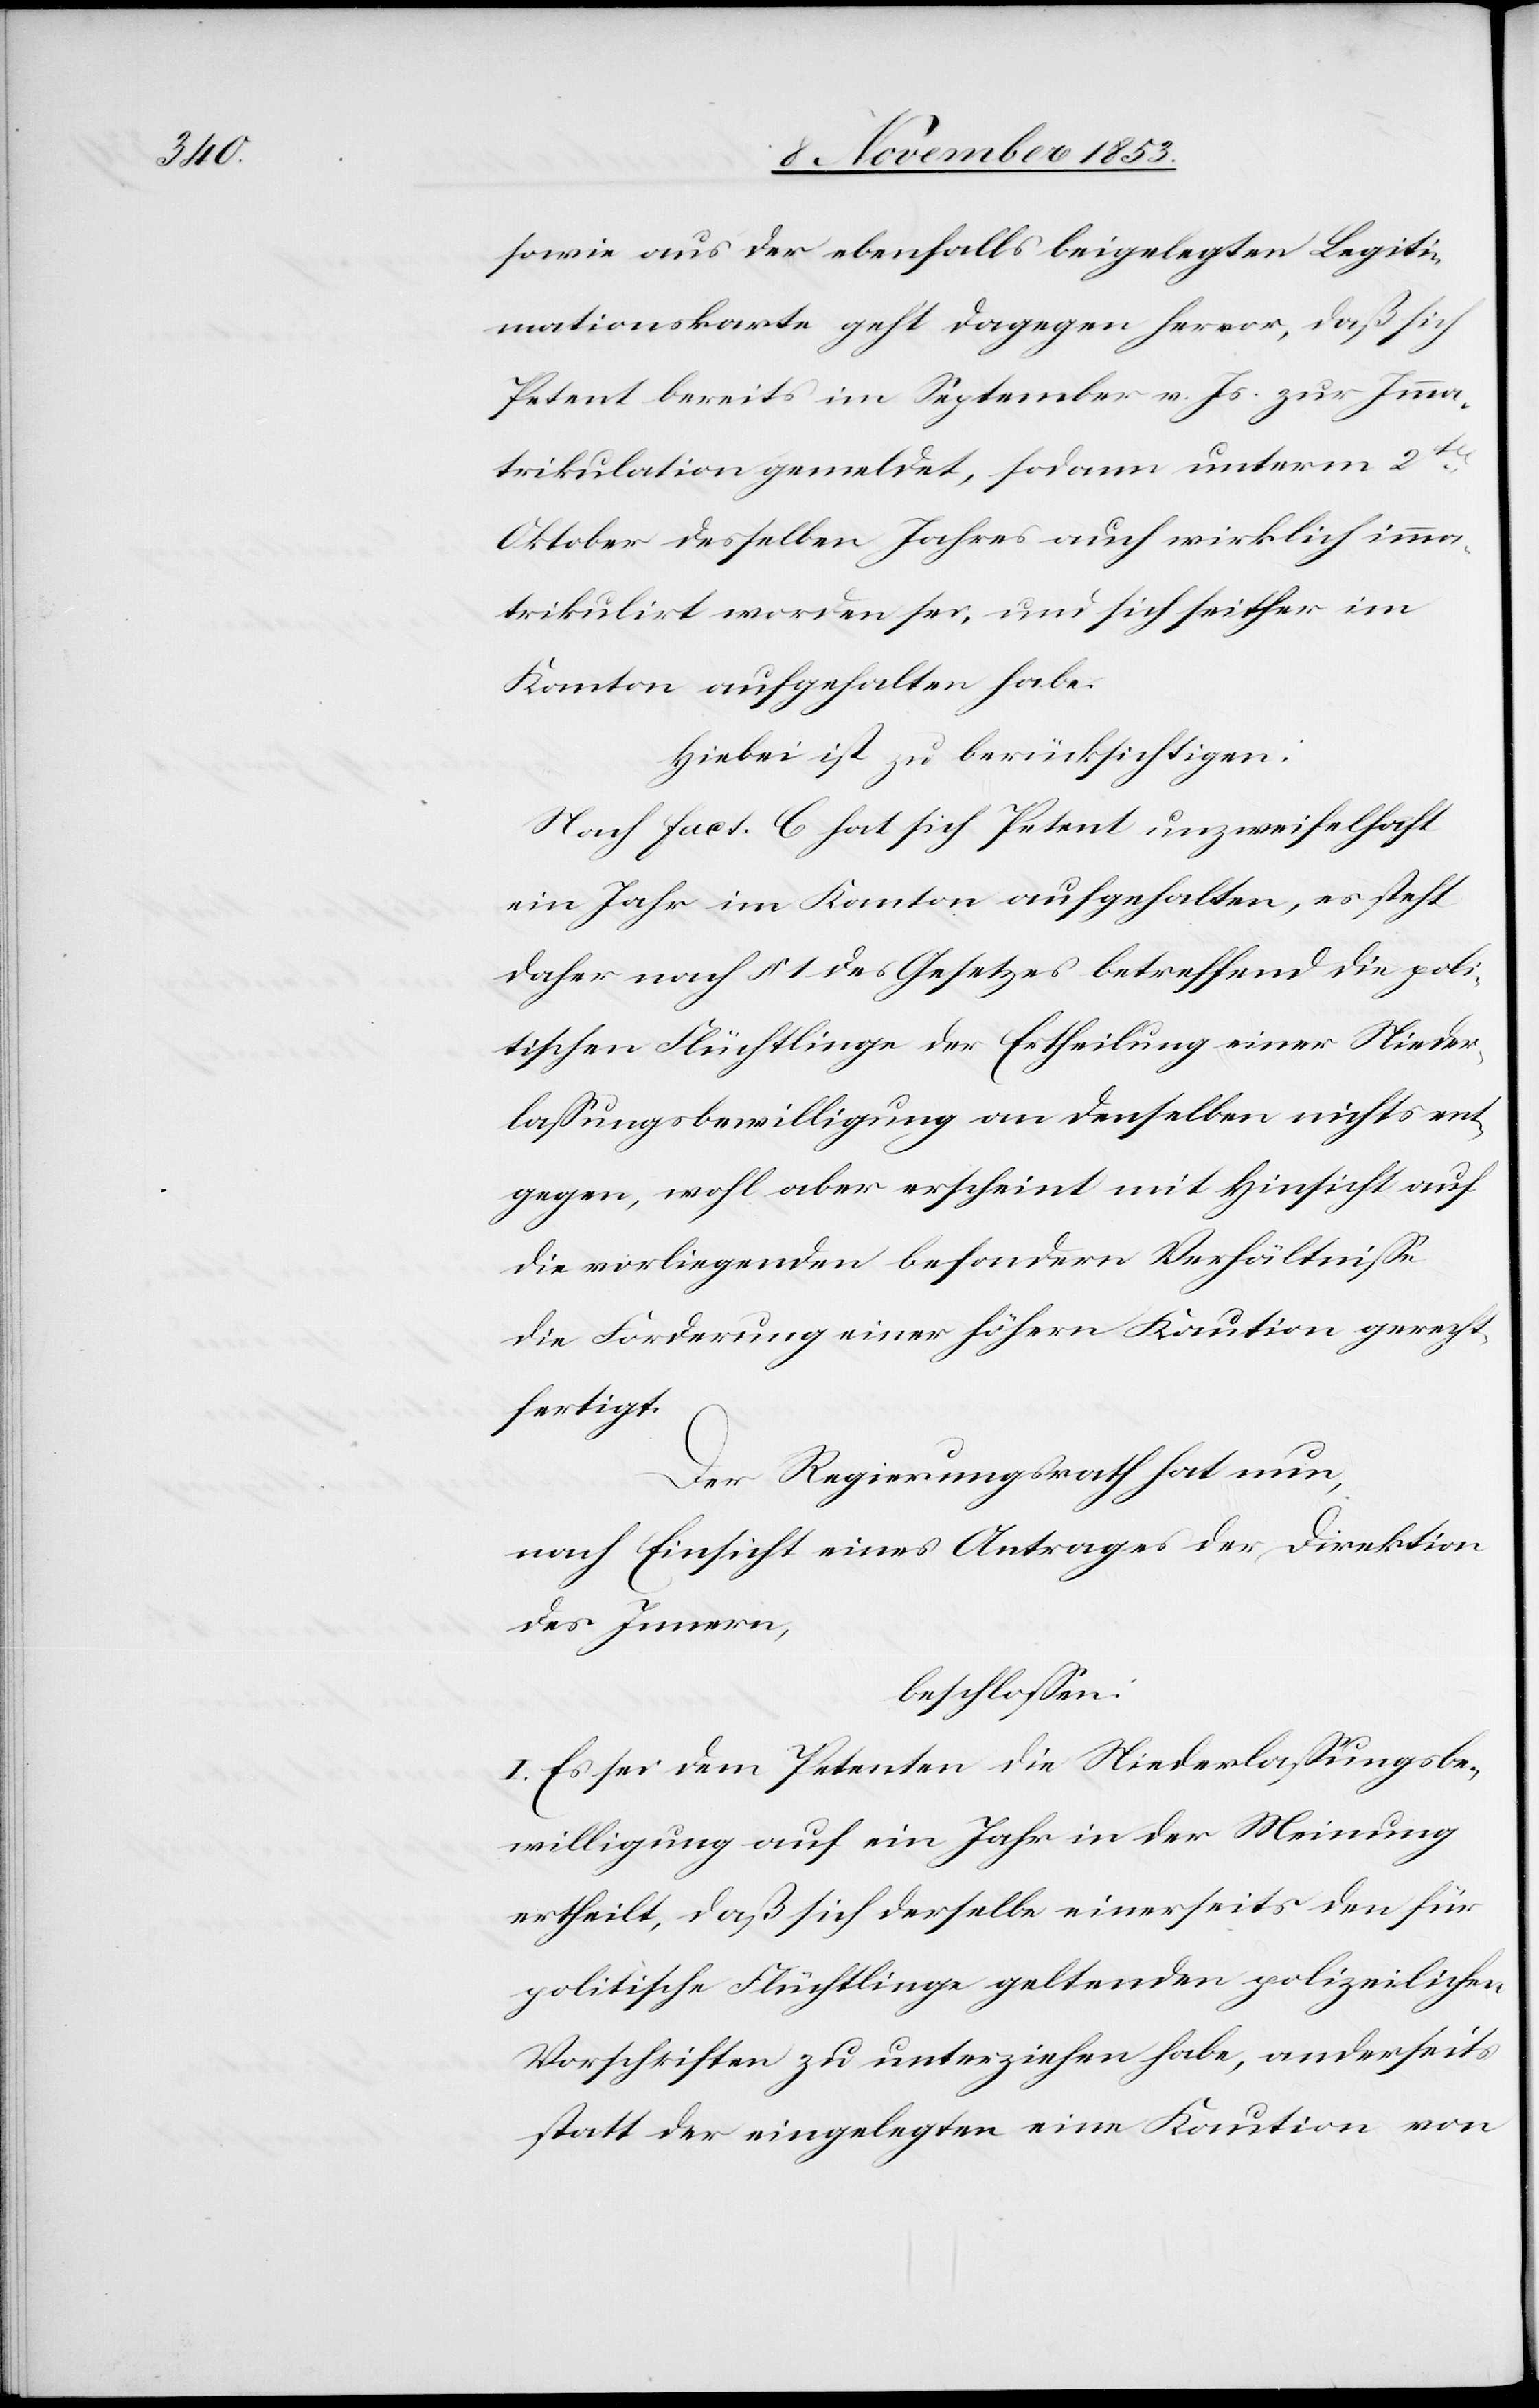
sowie aus der ebenfalls beigelegten Legiti¬
mationskarte geht dagegen hervor, daß sich
Petent bereits im September v. Js. zur Imma¬
trikulation gemeldet, sodann unterm 2ten
Oktober desselben Jahres auch wirklich imma¬
trikulirt worden sei, und sich seither im
Kanton aufgehalten habe.
Hiebei ist zu berücksichtigen:
Nach fact. C hat sich Petent unzweifelhaft
ein Jahr im Kanton aufgehalten, es steht
daher nach § 1 des Gesetzes betreffend die poli¬
tischen Flüchtlinge der Ertheilung einer Nieder¬
laßungsbewilligung an denselben nichts ent¬
gegen, wohl aber erscheint mit Hinsicht auf
die vorliegenden besondern Verhältniße
die Forderung einer frühern Kaution gerecht¬
fertigt.
Der Regierungsrath hat nun,
nach Einsicht eines Antrages der Direktion
des Innern,
beschloßen:
I. Es sei dem Petenten die Niederlaßungsbe¬
willigung auf ein Jahr in der Meinung
ertheilt, da sich derselbe einerseits den für
politische Flüchtlinge geltenden polizeilichen
Vorschriften zu unterziehen habe, anderseits
statt der eingelegten eine Kaution von